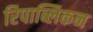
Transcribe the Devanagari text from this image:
रिपाब्लिकन